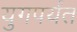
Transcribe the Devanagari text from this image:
युगपर्यंत